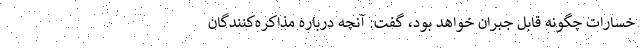
خسارات چگونه قابل جبران خواهد بود، گفت: آنچه درباره مذاکره‌کنندگان